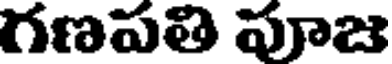
గణపతి పూజ